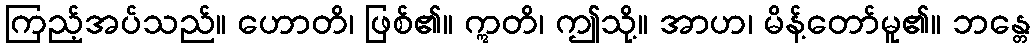
ကြည့်အပ်သည်။ ဟောတိ၊ ဖြစ်၏။ ဣတိ၊ ဤသို့။ အာဟ၊ မိန့်တော်မူ၏။ ဘန္တေ